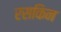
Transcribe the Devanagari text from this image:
रसकिन